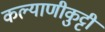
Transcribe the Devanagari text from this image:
कल्याणीकुट्टी